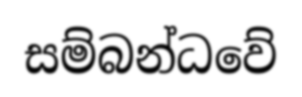
සම්බන්ධවේ